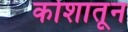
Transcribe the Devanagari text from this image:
कोशातून